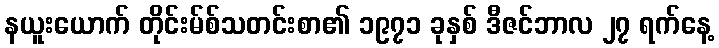
နယူးယောက် တိုင်းမ်စ်သတင်းစာ၏ ၁၉၇၁ ခုနှစ် ဒီဇင်ဘာလ ၂၇ ရက်နေ့